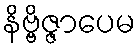
နိဗ္ဗိဇ္ဇာပေမ